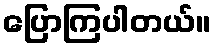
ပြောကြပါတယ်။